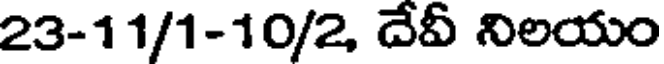
23-11/1-10/2, దేవీ నిలయం